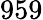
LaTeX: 959